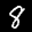
Label: 8